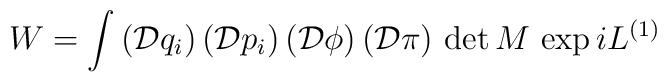
W = \int\, (\mathcal{D} q_i )\, (\mathcal{D} p_i )\,  (\mathcal{D} \phi )\,  (\mathcal{D} \pi)\, \det M \, \exp i L^{(1)}